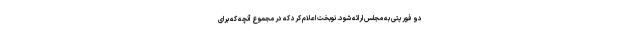
دو فوریتی به مجلس ارائه شود. نوبخت اعلام کرد که در مجموع آنچه که برای